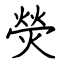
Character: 熒